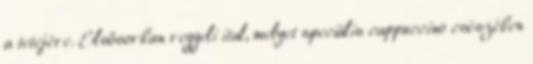
a tetejére. Elsősorban reggeli ital, melyet speciális cappuccino csészében